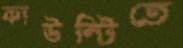
কাউন্টিতে